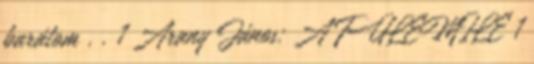
barátom . . 1 Arany János: A FÜLEMILE 1